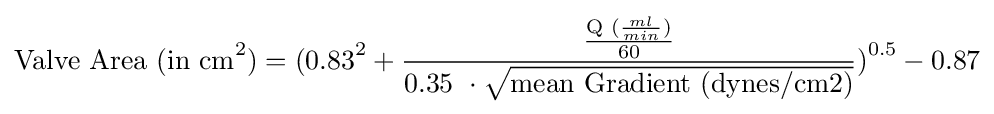
{\text{Valve Area (in cm}}^{2}{\text{)}}={\text{(0.83}}^{2}+{\frac {\frac {{\text{Q (}}{\frac {ml}{min}})}{\text{60}}}{{\text{0.35 }}\cdot {\sqrt {\text{mean Gradient (dynes/cm2)}}}}}{\text{)}}^{\text{0.5}}-{\text{0.87}}